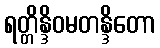
ရတ္တိန္ဒိဝမတန္ဒိတော